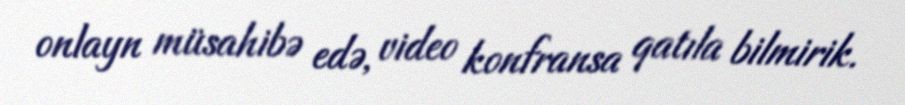
onlayn müsahibə edə, video konfransa qatıla bilmirik.